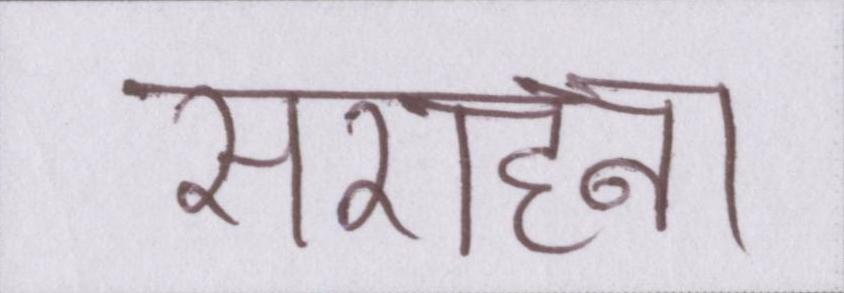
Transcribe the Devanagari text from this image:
सराहना